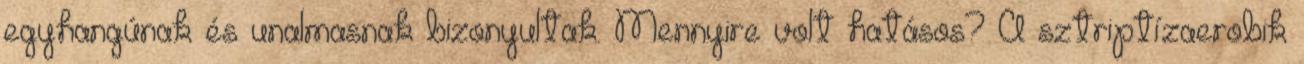
egyhangúnak és unalmasnak bizonyultak. Mennyire volt hatásos? A sztriptízaerobik